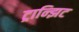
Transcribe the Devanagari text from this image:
ट्रान्झिट